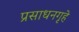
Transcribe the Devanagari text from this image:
प्रसाधनगृहे